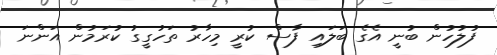
ފުލުހުން ބުނީ އެގެ ބަލައި ފާސް ކުރީ މިހާރު ތަހުގީގު ކުރަމުން އަންނަ